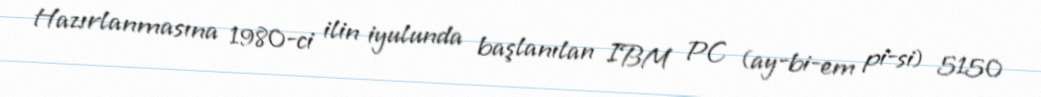
Hazırlanmasına 1980-ci ilin iyulunda başlanılan IBM PC (ay-bi-em pi-si) 5150